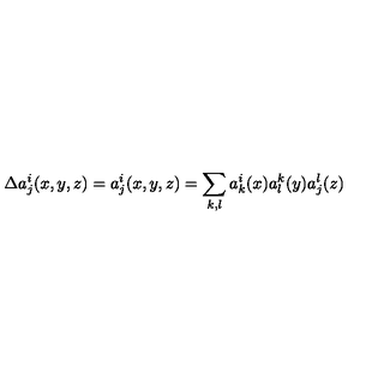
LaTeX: \Delta a _ { j } ^ { i } ( x , y , z ) = a _ { j } ^ { i } ( x , y , z ) = \sum _ { k , l } a _ { k } ^ { i } ( x ) a _ { l } ^ { k } ( y ) a _ { j } ^ { l } ( z )